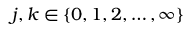
j , k \in \{ 0 , 1 , 2 , \ldots , \infty \}